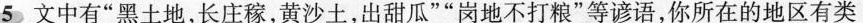
5 文中有”黑土地，长庄稼，黄沙土，出甜瓜””岗地不打粮”等谚语，你所在的地区有类